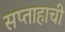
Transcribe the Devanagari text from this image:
सप्ताहाची